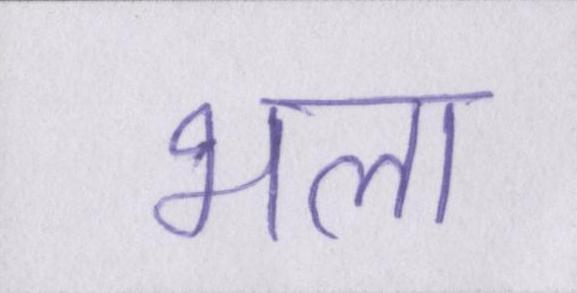
भला